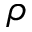
\rho